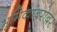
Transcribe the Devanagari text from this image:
भूमिकांबरोबर